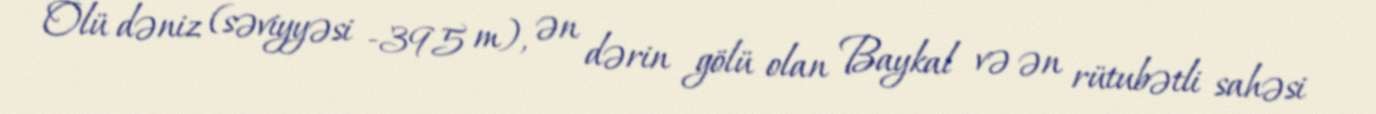
Ölü dəniz (səviyyəsi −395 m), ən dərin gölü olan Baykal və ən rütubətli sahəsi